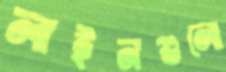
লাইনগুলো